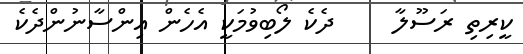
ކީރިތި ރަސޫލާ     ދެކެ ލޯބިވުމަކީ އެހެން އިންސާނުންދެކެ